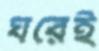
ঘরেই